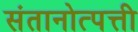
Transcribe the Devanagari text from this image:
संतानोत्पत्ती